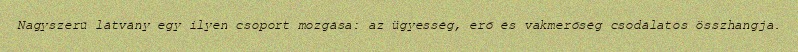
Nagyszerű látvány egy ilyen csoport mozgása: az ügyesség, erő és vakmerőség csodálatos összhangja.